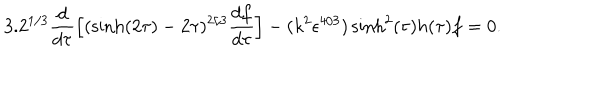
3 . 2 ^ { 1 / 3 } \frac { d } { d \tau } \Big [ ( \sinh ( 2 \tau ) - 2 \tau ) ^ { 2 / 3 } \frac { d f } { d \tau } \Big ] - ( k ^ { 2 } \epsilon ^ { 4 / 3 } ) \sinh ^ { 2 } ( \tau ) h ( \tau ) f = 0 .